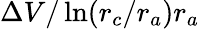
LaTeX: \Delta V/\ln(r_{c}/r_{a})r_{a}